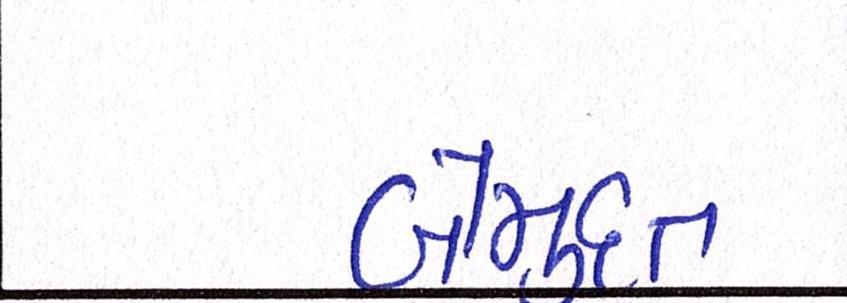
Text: બેમુદત